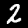
Label: 2